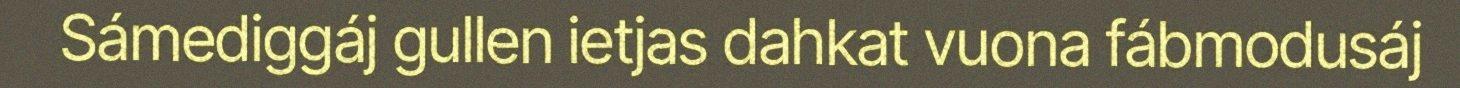
Sámediggáj gullen ietjas dahkat vuona fábmodusáj